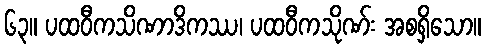
၆၃။ ပထဝီကသိဏာဒိကဿ၊ ပထဝီကသိုဏ်း အစရှိသော။